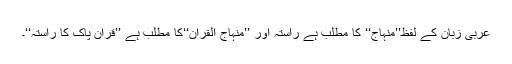
عربی زبان کے لفظ’’مِنہاج‘‘ کا مطلب ہے راستہ اور ’’منہاج اُلقرآن‘‘کا مطلب ہے ’’قرآنِ پاک کا راستہ‘‘۔